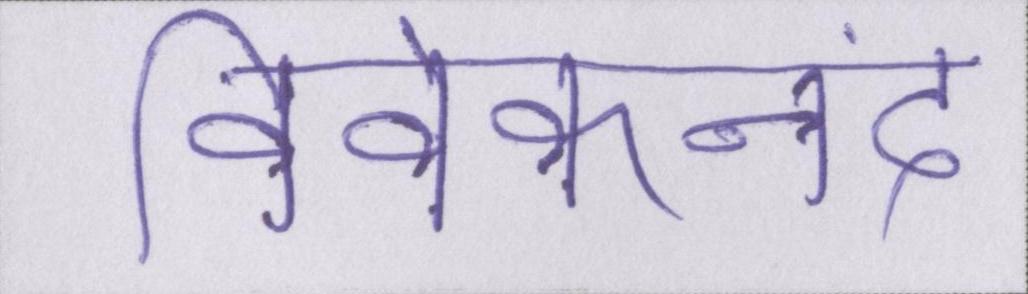
विवेकानंद